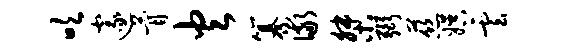
吹邃瞢火纂儆桀弼慈娱云